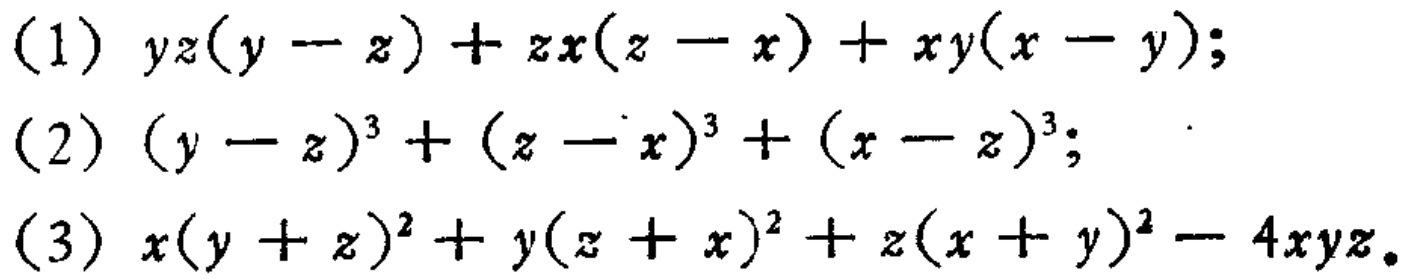
(1) \(yz(y - z)+zx(z - x)+xy(x - y)\);

(2) \((y - z)^{3}+(z - x)^{3}+(x - z)^{3}\);

(3) \(x(y + z)^{2}+y(z + x)^{2}+z(x + y)^{2}-4xyz\)